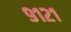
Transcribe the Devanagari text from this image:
९१२१